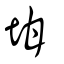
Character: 坩